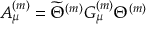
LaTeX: A _ { \mu } ^ { ( m ) } = \widetilde { \Theta } ^ { ( m ) } G _ { \mu } ^ { ( m ) } \Theta ^ { ( m ) }